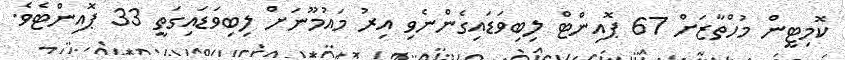
ކޮމިޓީން މުހްތާޒަށް 67 ޕޮއިންޓް ލިބިވަޑައިގެންނެވި އިރު މައުމޫނަށް ލިބިވަޑައިގަތީ 33 ޕޮއިންޓެވެ.